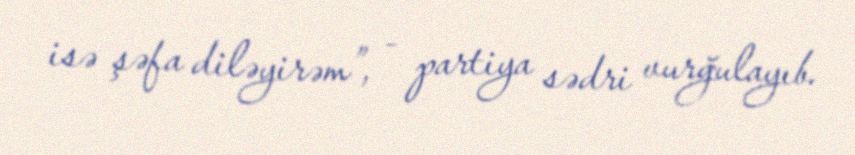
isə şəfa diləyirəm”, - partiya sədri vurğulayıb.